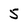
Character: 5